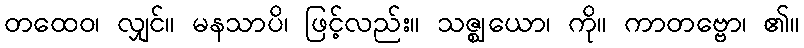
တထေဝ၊ လျှင်။ မနသာပိ၊ ဖြင့်လည်း။ သဇ္ဈယော၊ ကို။ ကာတဗ္ဗော၊ ၏။